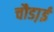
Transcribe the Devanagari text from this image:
चौडा़ई